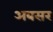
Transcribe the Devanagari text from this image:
अबसर